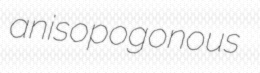
anisopogonous